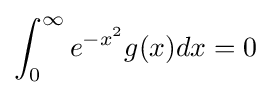
\int _{0}^{\infty }e^{-x^{2}}g(x)dx=0